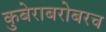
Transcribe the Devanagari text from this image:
कुबेराबरोबरच